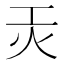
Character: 𭴃